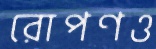
রোপণও